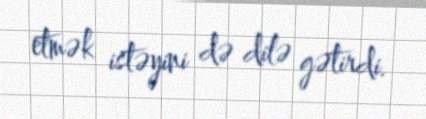
etmək istəyini də dilə gətirdi.